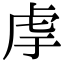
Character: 䖉